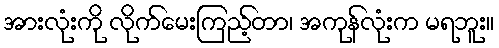
အားလုံးကို လိုက်မေးကြည့်တာ၊ အကုန်လုံးက မရဘူး။